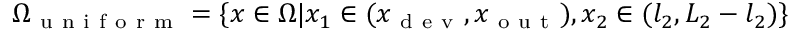
\Omega _ { \mathrm { ~ u ~ n ~ i ~ f ~ o ~ r ~ m ~ } } = \{ \boldsymbol { x } \in \Omega | x _ { 1 } \in ( x _ { \mathrm { ~ d ~ e ~ v ~ } } , x _ { \mathrm { ~ o ~ u ~ t ~ } } ) , x _ { 2 } \in ( l _ { 2 } , L _ { 2 } - l _ { 2 } ) \}